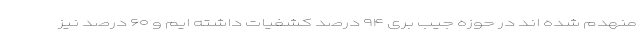
منهدم شده اند در حوزه جیب بری ۹۴ درصد کشفیات داشته ایم و ۶۰ درصد نیز